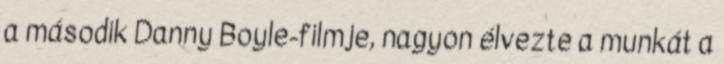
a második Danny Boyle-filmje, nagyon élvezte a munkát a